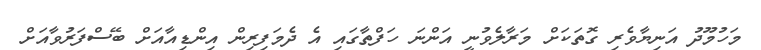
މަހުމޫދު އަނިޔާވެރި ގޮތަކަށް މަރާލެވުނީ އަންނަ ހަފްތާގައި އެ ދެމަފިރިން އިންޑިއާއަށް ބޭސްފަރުވާއަށް